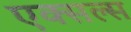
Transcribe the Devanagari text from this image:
एक्सल्स